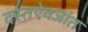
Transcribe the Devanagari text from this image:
दस्तऐवजांत